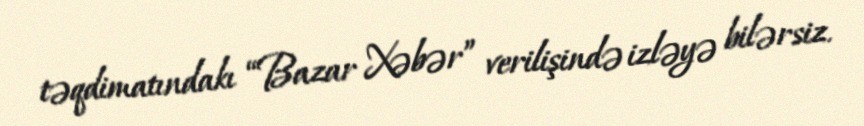
təqdimatındakı “Bazar Xəbər” verilişində izləyə bilərsiz.